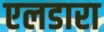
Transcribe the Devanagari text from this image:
एलडारा